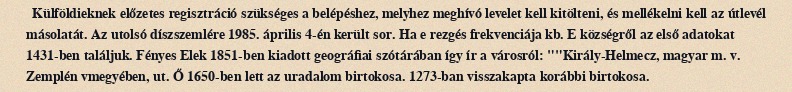
Külföldieknek előzetes regisztráció szükséges a belépéshez, melyhez meghívó levelet kell kitölteni, és mellékelni kell az útlevél másolatát. Az utolsó díszszemlére 1985. április 4-én került sor. Ha e rezgés frekvenciája kb. E községről az első adatokat 1431-ben találjuk. Fényes Elek 1851-ben kiadott geográfiai szótárában így ír a városról: ""Király-Helmecz, magyar m. v. Zemplén vmegyében, ut. Ő 1650-ben lett az uradalom birtokosa. 1273-ban visszakapta korábbi birtokosa.